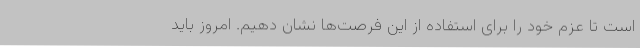
است تا عزم خود را برای استفاده از این فرصت‌ها نشان دهیم. امروز باید